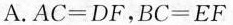
A.$$ AC = DF $$，$$ BC = EF $$